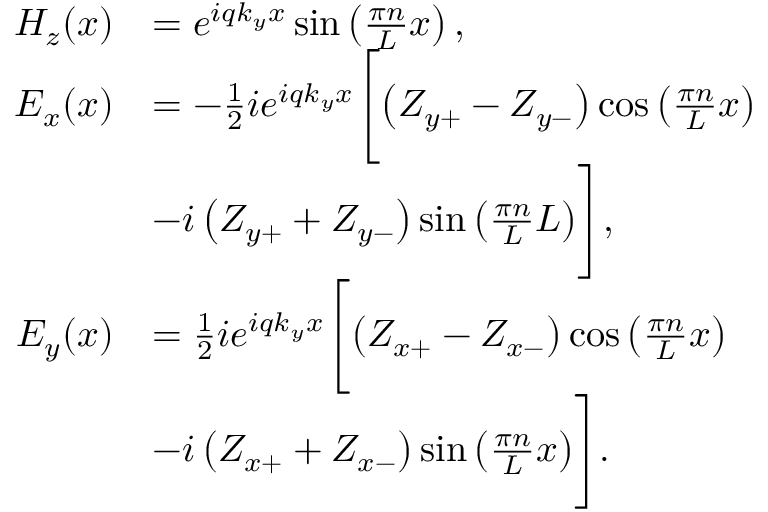
\begin{array} { r l } { H _ { z } ( x ) } & { = e ^ { i q k _ { y } x } \sin \left( \frac { \pi n } { L } x \right) , } \\ { E _ { x } ( x ) } & { = - \frac { 1 } { 2 } i e ^ { i q k _ { y } x } \Biggl [ \left( Z _ { y + } - Z _ { y - } \right) \cos \left( \frac { \pi n } { L } x \right) } \\ & { - i \left( Z _ { y + } + Z _ { y - } \right) \sin \left( \frac { \pi n } { L } L \right) \Biggr ] , } \\ { E _ { y } ( x ) } & { = \frac { 1 } { 2 } i e ^ { i q k _ { y } x } \Biggl [ \left( Z _ { x + } - Z _ { x - } \right) \cos \left( \frac { \pi n } { L } x \right) } \\ & { - i \left( Z _ { x + } + Z _ { x - } \right) \sin \left( \frac { \pi n } { L } x \right) \Biggr ] . } \end{array}